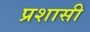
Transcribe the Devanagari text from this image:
प्रशासी